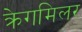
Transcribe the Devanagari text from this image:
क्रेगमिलर